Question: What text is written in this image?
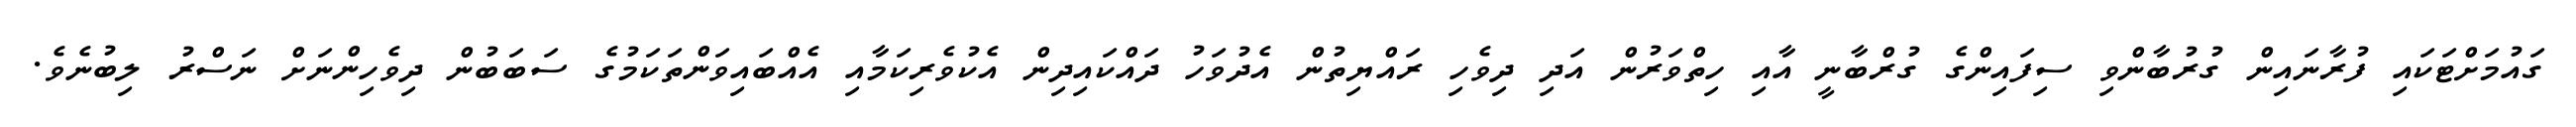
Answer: ގައުމަށްޓަކައި ފުރާނައިން ގުރުބާންވި ސިފައިންގެ ގުރްބާނީ އާއި ހިތްވަރުން އަދި ދިވެހި ރައްޔިތުން އެދުވަހު ދައްކައިދިން އެކުވެރިކަމާއި އެއްބައިވަންތަކަމުގެ ސަބަބުން ދިވެހިންނަށް ނަސްރު ލިބުނެވެ.